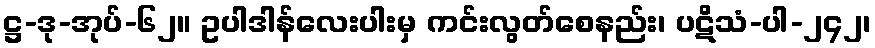
ဋ္ဌ-ဒု-အုပ်-၆၂။ ဥပါဒါန်လေးပါးမှ ကင်းလွတ်စေနည်း၊ ပဋိသံ-ပါ-၂၄၂၊